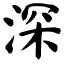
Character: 深